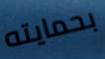
بحمايته